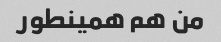
من هم همینطور